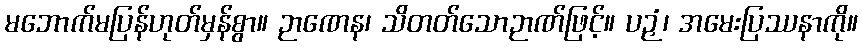
မဘောက်မပြန်ဟုတ်မှန်စွာ။ ဉာဏေန၊ သိတတ်သောဉာဏ်ဖြင့်။ ပဉှံ၊ အမေးပြဿနာကို။